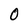
Character: O